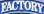
EACTORY